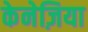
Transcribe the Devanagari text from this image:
केनेज़िया